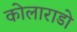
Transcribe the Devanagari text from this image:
कोलाराडो